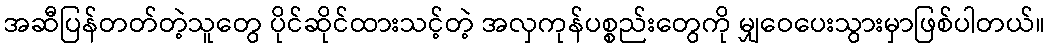
အဆီပြန်တတ်တဲ့သူတွေ ပိုင်ဆိုင်ထားသင့်တဲ့ အလှကုန်ပစ္စည်းတွေကို မျှဝေပေးသွားမှာဖြစ်ပါတယ်။